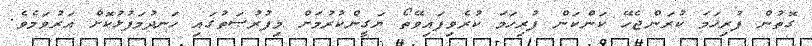
ގޮތުން ފުރިހަމަ ކުރަންޖެހޭ ކަންކަން ފުރިހަމަ ކުރެވިފައިވޭތޯ ޔަގީންކުރުމަށް މިފުރުޞަތުގައި ހަނދުމަފުޅުކޮށް އަރުވަމެވެ.